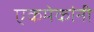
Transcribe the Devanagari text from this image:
एकमेकांनी